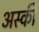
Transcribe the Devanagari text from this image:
अस्की